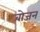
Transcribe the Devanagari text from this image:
बोजन